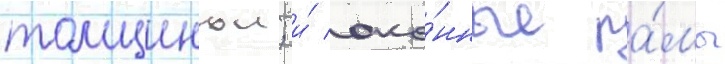
толщинои; и́ око́нные ра́мы